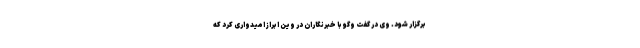
برگزار شود. وی در گفت وگو با خبرنگاران در وین ابراز امیدواری کرد که